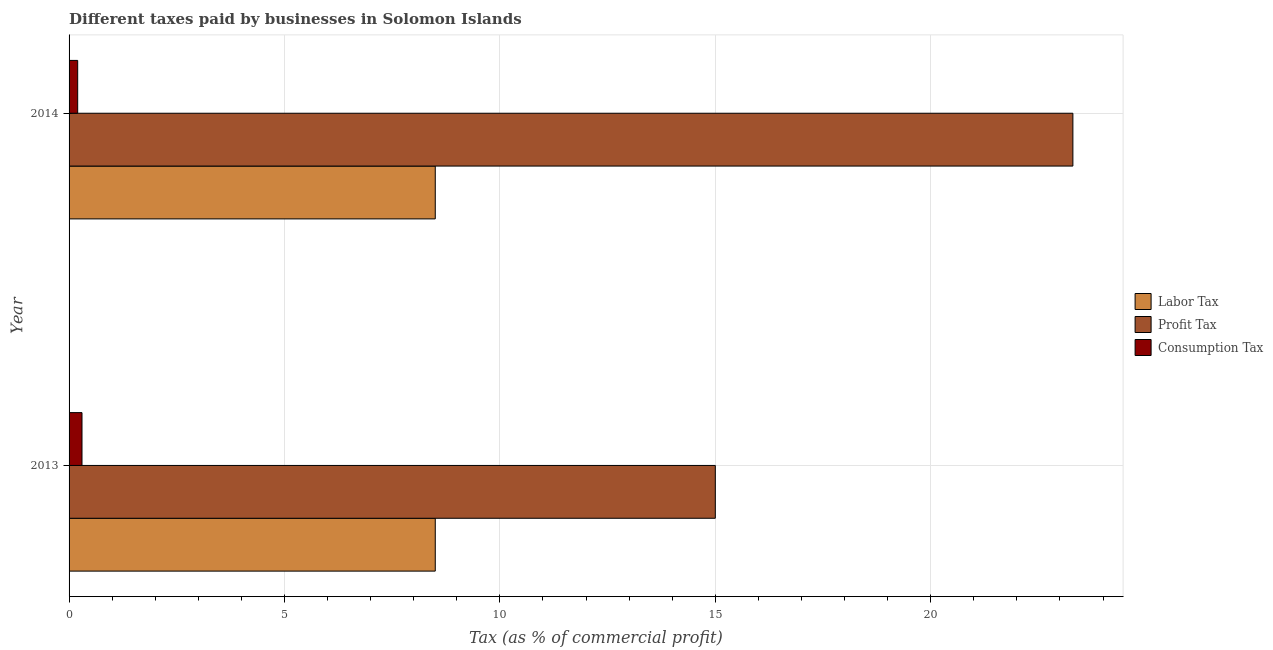
| Year | Labor Tax | Profit Tax | Consumption Tax |
 | --- | --- | --- | --- |
 | 2013 | 8.5 | 15 | 0.3 |
 | 2014 | 8.5 | 23.3 | 0.2 |